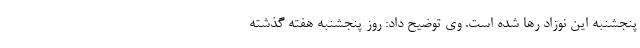
پنجشنبه این نوزاد رها شده است. وی توضیح داد: روز پنجشنبه هفته گذشته